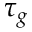
\tau _ { g }